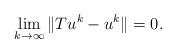
LaTeX: \begin{align*}\lim_{k\to \infty} \|Tu^k - u^k \| = 0.\end{align*}